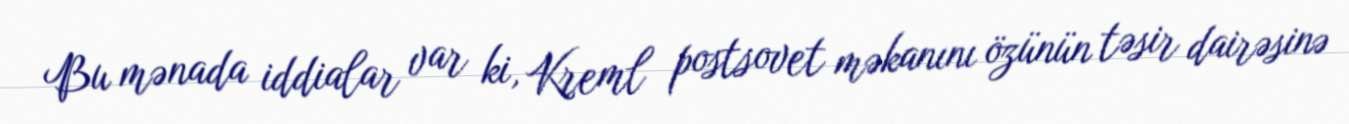
Bu mənada iddialar var ki, Kreml postsovet məkanını özünün təsir dairəsinə